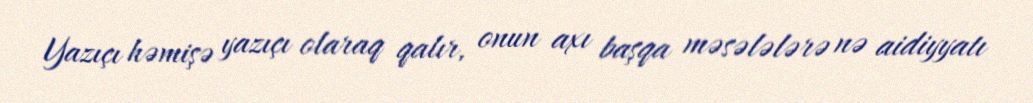
Yazıçı həmişə yazıçı olaraq qalır, onun axı başqa məsələlərə nə aidiyyatı